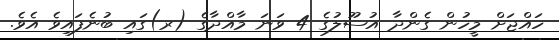
ހައްޖަށް މީހުން ގެންދާ އުސޫލުގެ 4 ވަނަ މާއްދާގެ (ރ)ގައި ބުނެފައިވެ އެވެ.